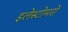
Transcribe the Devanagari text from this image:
इलेस्टोमरों